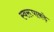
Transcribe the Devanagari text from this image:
स्वरूपाकड़े